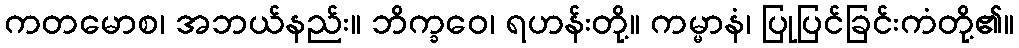
ကတမောစ၊ အဘယ်နည်း။ ဘိက္ခဝေ၊ ရဟန်းတို့။ ကမ္မာနံ၊ ပြုပြင်ခြင်းကံတို့၏။